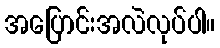
အပြောင်းအလဲလုပ်ပါ။